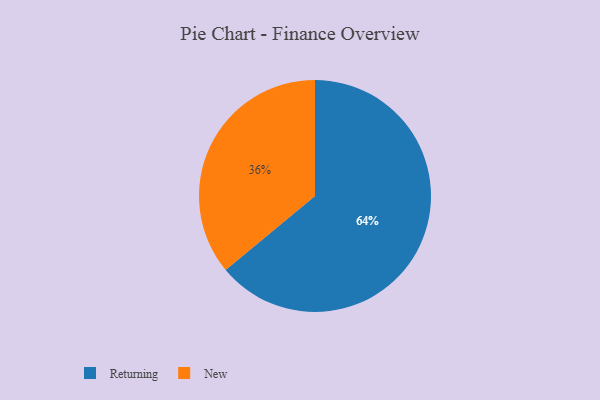
{"axis": {"x": "Category", "y": "Percentage"}, "legend": ["New", "Returning"], "data": [{"x": "Returning", "y": 64, "type": "Returning"}, {"x": "New", "y": 36, "type": "New"}]}